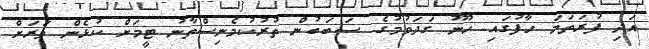
އަދި ފުރަތަމަ ހާފުގައި ހޫނު ގަދަވުމުގެ ސަބަބުން ތުރުކުމެނިސްތާނު ޓީމަށް ކުޅެން ވަރަށް